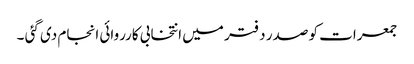
جمعرات کو صدر دفتر میں انتخابی کارروائی انجام دی گئی ۔